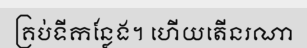
គ្រប់ទីកន្លែង។ ហើយតើនរណា